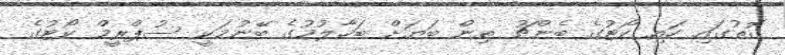
ގޮތުގައި ހައި ކޯޓުގެ ބެންޗު ތިން ބަޔަށް ބަހާލުމުގެ ބޭނުމަކީ ސުޕްރީމް ކޯޓުގެ